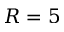
R = 5